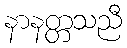
နာနတ္တသညီ